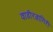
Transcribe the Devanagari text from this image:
वाडीरत्नागिरी